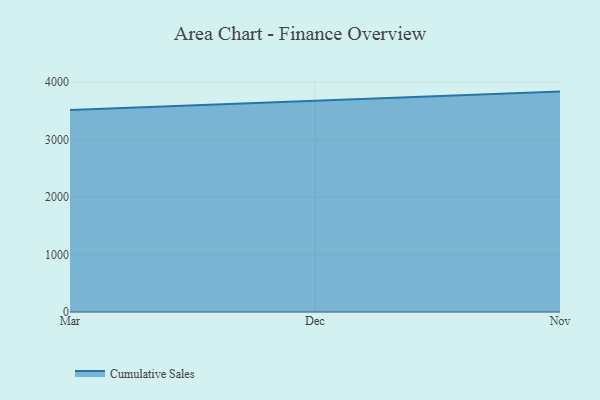
{"axis": {"x": "Month", "y": "Latency (ms)"}, "legend": ["Cumulative Sales"], "data": [{"x": "Mar", "y": 3516.4, "type": "Cumulative Sales"}, {"x": "Dec", "y": 3676.7, "type": "Cumulative Sales"}, {"x": "Nov", "y": 3836.9, "type": "Cumulative Sales"}]}